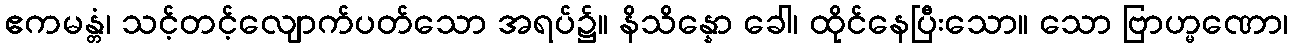
ဧကမန္တံ၊ သင့်တင့်လျောက်ပတ်သော အရပ်၌။ နိသိန္နော ခေါ၊ ထိုင်နေပြီးသော။ သော ဗြာဟ္မဏော၊